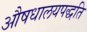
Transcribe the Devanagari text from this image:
औषधालयपद्धति